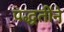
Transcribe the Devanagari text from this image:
पद्धतींने